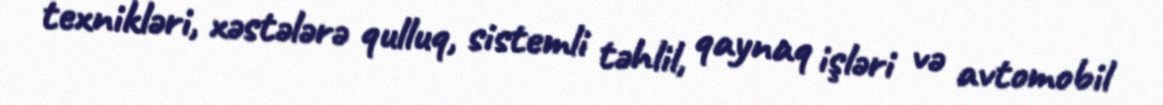
texnikləri, xəstələrə qulluq, sistemli təhlil, qaynaq işləri və avtomobil